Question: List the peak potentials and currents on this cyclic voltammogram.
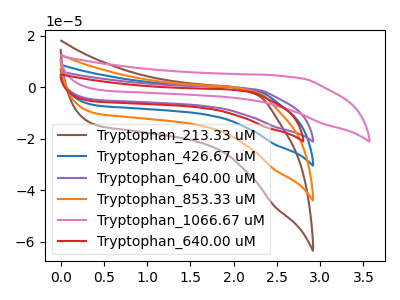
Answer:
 <answer>The brown curve "Tryptophan_213.33 uM" has no peaks. The blue curve "Tryptophan_426.67 uM" has no peaks. The purple curve "Tryptophan_640.00 uM" has no peaks. The orange curve "Tryptophan_853.33 uM" has no peaks. The pink curve "Tryptophan_1066.67 uM" has no peaks. The red curve "Tryptophan_640.00 uM" has no peaks.</answer>
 <eval></eval>